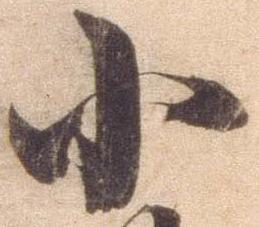
小